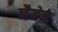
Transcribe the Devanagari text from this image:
नैमेक